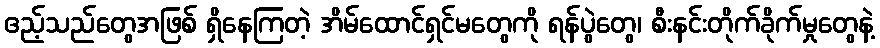
ဧည့်သည်တွေအဖြစ် ရှိနေကြတဲ့ အိမ်ထောင်ရှင်မတွေကို ရန်ပွဲတွေ၊ စီးနင်းတိုက်ခိုက်မှုတွေနဲ့